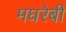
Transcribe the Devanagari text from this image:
मघरेबी